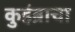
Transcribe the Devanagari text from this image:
कुइंब्राचा